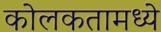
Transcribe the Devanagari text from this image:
कोलकतामध्ये